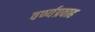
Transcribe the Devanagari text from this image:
वर्ण्यप्रवाह